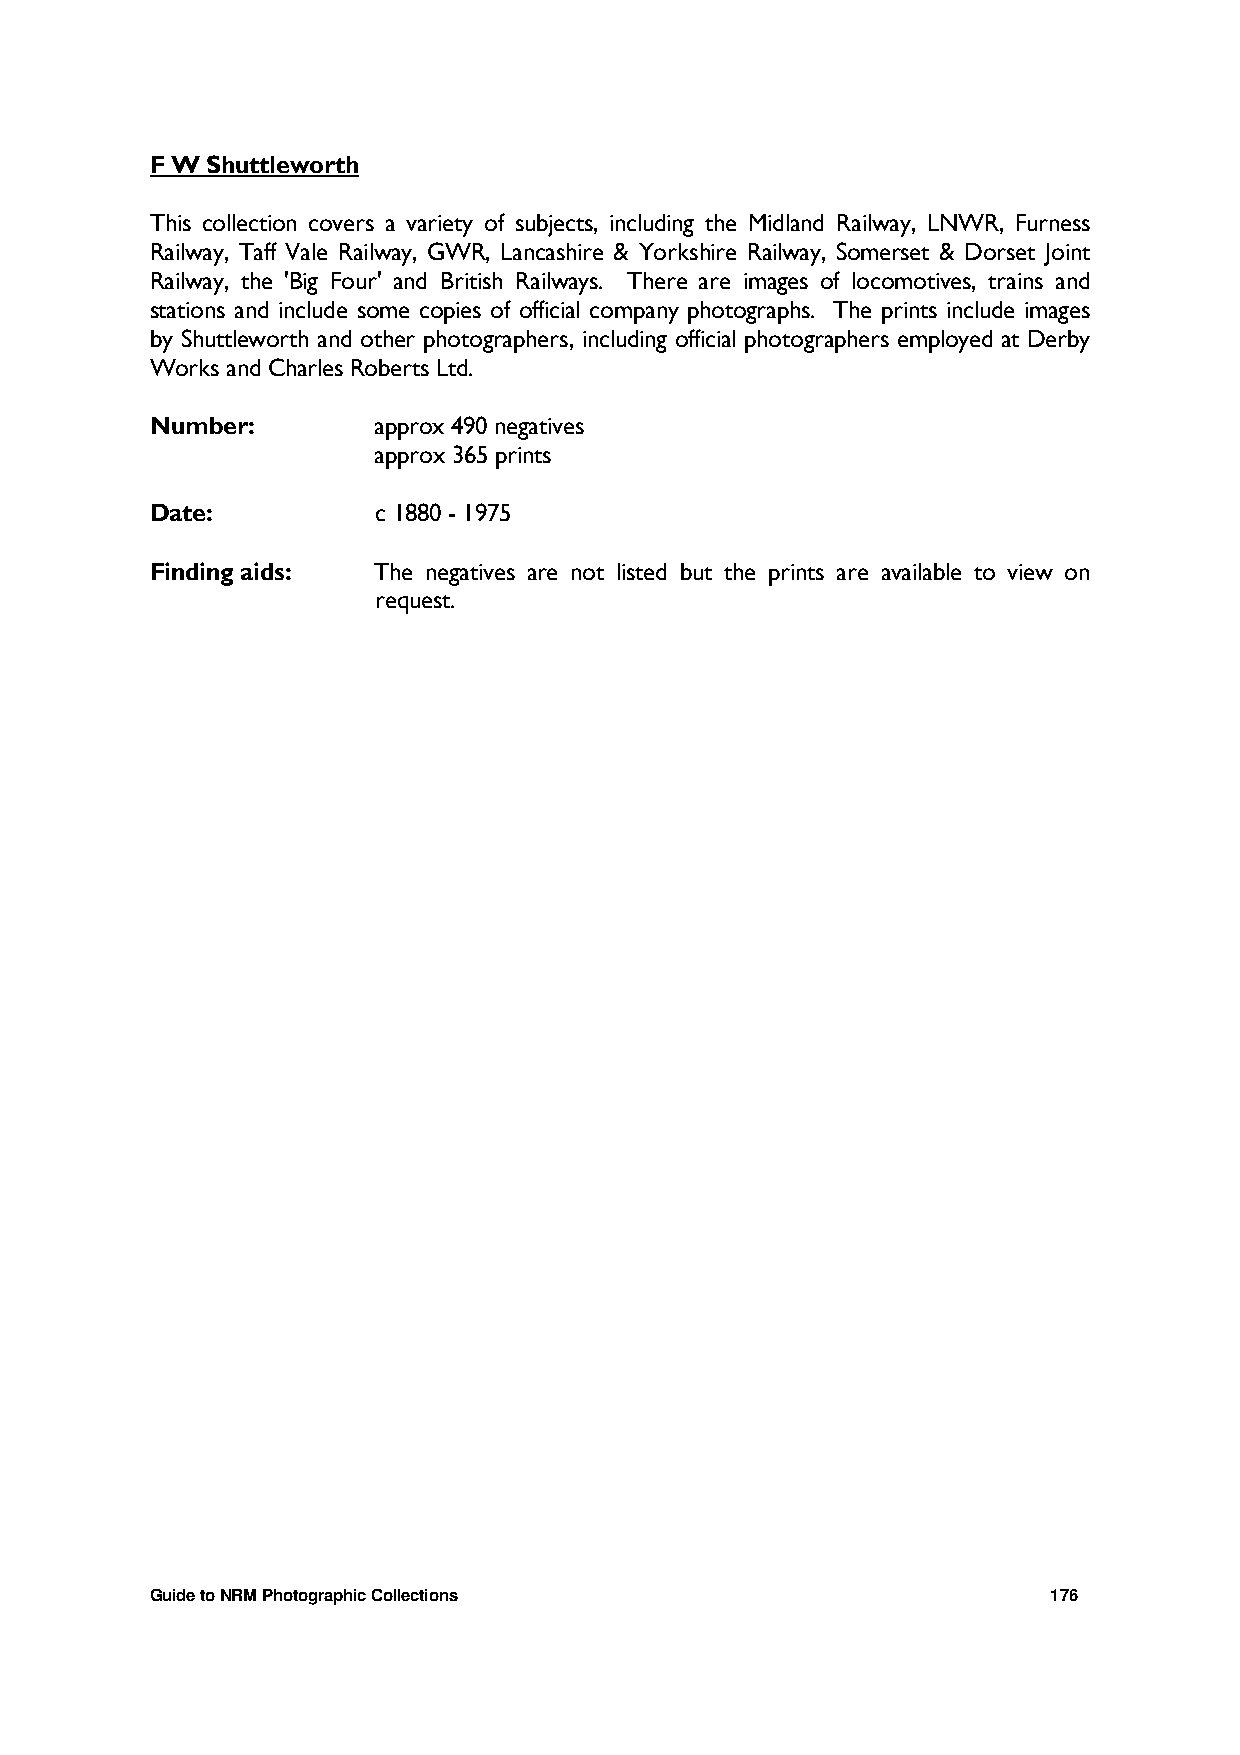
F W Shuttleworth
 This collection covers a variety of subjects, including the Midland Railway, LNWR, Furness
 Railway, Taff Vale Railway, GWR, Lancashire & Yorkshire Railway, Somerset & Dorset Joint
 Railway, the 'Big Four' and British Railways. There are images of locomotives, trains and
 stations and include some copies of official company photographs. The prints include images
 by Shuttleworth and other photographers, including official photographers employed at Derby
 Works and Charles Roberts Ltd.
 Number:        approx 490 negatives
 approx 365 prints
 Date:          c 1880 - 1975
 Finding aids:  The negatives are not listed but the prints are available to view on
 request.
 Guide to NRM Photographic Collections                       176